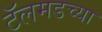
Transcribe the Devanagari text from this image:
टॅलमडच्या